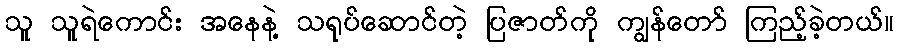
သူ သူရဲကောင်း အနေနဲ့ သရုပ်ဆောင်တဲ့ ပြဇာတ်ကို ကျွန်တော် ကြည့်ခဲ့တယ်။